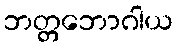
ဘတ္တဘောဂါယ